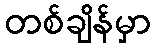
တစ်ချိန်မှာ